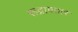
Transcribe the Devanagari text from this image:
रूद्रावतार